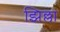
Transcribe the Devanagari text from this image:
झिल्ला